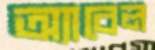
অ্যাবেল